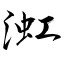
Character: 渱